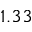
1 . 3 3